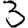
Digit: 3